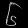
Digit: ၆